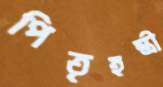
পিতৃহন্ত্রী